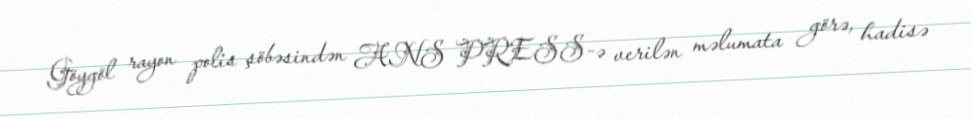
Göygöl rayon polis şöbəsindən ANS PRESS-ə verilən məlumata görə, hadisə